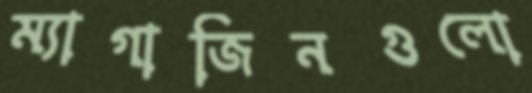
ম্যাগাজিনগুলো